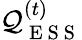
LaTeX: \mathcal{Q}_{\mathrm{{~E~S~S~}}}^{(t)}